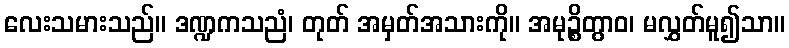
လေးသမားသည်။ ဒဏ္ဍကသညံ၊ တုတ် အမှတ်အသားကို။ အမုဉ္စိတွာဝ၊ မလွှတ်မူ၍သာ။